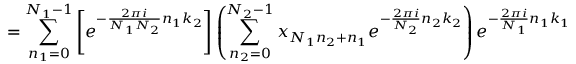
= \sum _ { n _ { 1 } = 0 } ^ { N _ { 1 } - 1 } \left[ e ^ { - { \frac { 2 \pi i } { N _ { 1 } N _ { 2 } } } n _ { 1 } k _ { 2 } } \right] \left( \sum _ { n _ { 2 } = 0 } ^ { N _ { 2 } - 1 } x _ { N _ { 1 } n _ { 2 } + n _ { 1 } } e ^ { - { \frac { 2 \pi i } { N _ { 2 } } } n _ { 2 } k _ { 2 } } \right) e ^ { - { \frac { 2 \pi i } { N _ { 1 } } } n _ { 1 } k _ { 1 } }